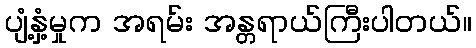
ပျံ့နှံ့မှုက အရမ်း အန္တရာယ်ကြီးပါတယ်။